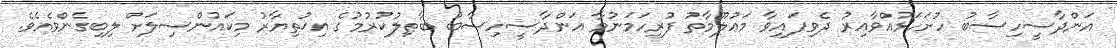
އަންދާސީހިސާބު ހުށަހަޅުއްވާއިރު ދެވިފައިވާ މަޢުލޫމާތު ފުރިހަމަނުވާ އަންދާސީހިސާބު ބާޠިލުކުރުމުގެ އިޚުތިޔާރު މިކައުންސިލަށް ލިބިގެންވެއެވެ.